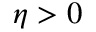
\eta > 0